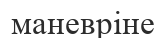
маневріне